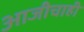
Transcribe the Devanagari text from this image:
आजीचाही